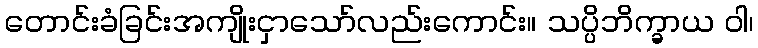
တောင်းခံခြင်းအကျိုးငှာသော်လည်းကောင်း။ သပ္ပိဘိက္ခာယ ဝါ၊